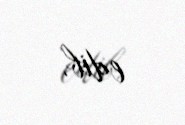
edib.